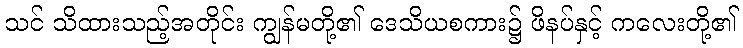
သင် သိထားသည့်အတိုင်း ကျွန်မတို့၏ ဒေသိယစကား၌ ဖိနပ်နှင့် ကလေးတို့၏